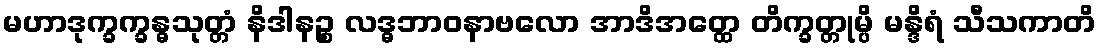
မဟာဒုက္ခက္ခန္ဓသုတ္တံ နိဒါနဉ္စ လဒ္ဓဘာဝနာဗလော အာဒိအတ္ထေ တိက္ခတ္တုမ္ပိ မန္ဒိရံ သီသကာတိ